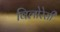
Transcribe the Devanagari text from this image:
विलोरेसी